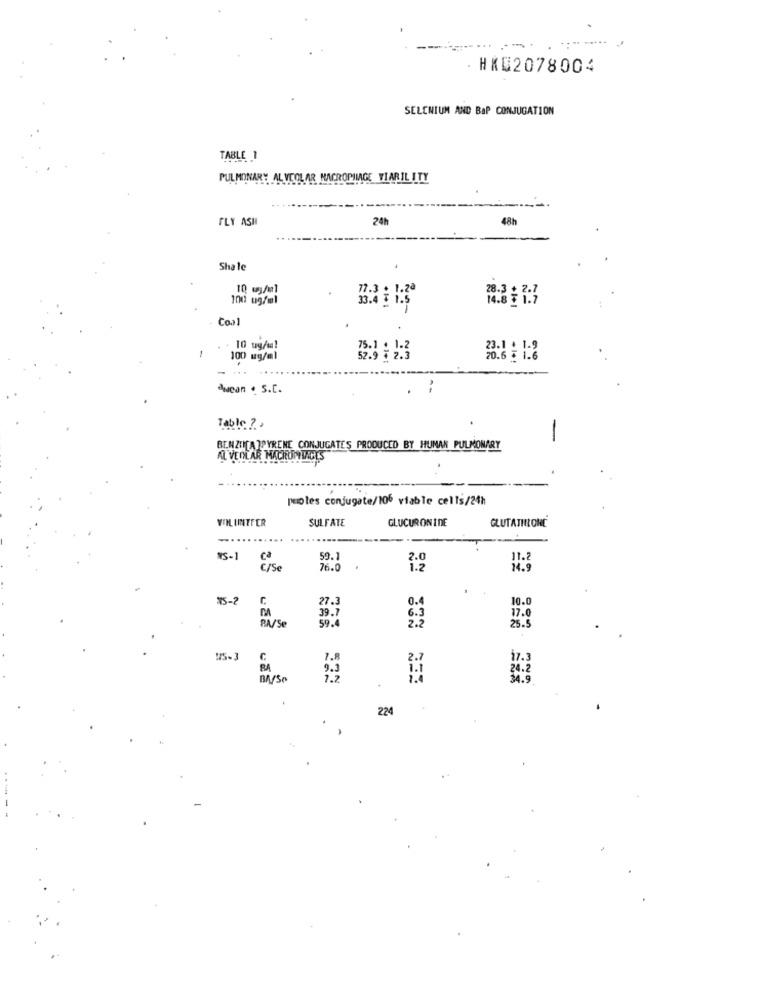
- HX02078004
SELENIUM AND BAP CONJUGATION
TABLE 1
PULMONARY ALVEOLAR MACROPIMAGE VIARIL ITY
FLY ASH
24h
Shale
10 wy/ml
77.3 . 1.2ª
100 ug/ml
33.4 3 1.5
Coal
10 wy/s!
100 mg/ml
52.9 7 2.3
20.6 : 1.6
-
ducan . S.C.
Table ? ,
-
BENZIN[A ]PYRENE CONJUGATES PRODUCED BY HUMAN PULMONARY
AL VEOLAR M
puoles conjugate/106 viable cells/24h
VIH INTFER
SULFATE
GLUCURONINE
GLUTATHRONE
IS-1
ca
59.]
C/Se
76.0
1.2
14.9
25-2
C
27.3
10.0
0.4
RA/Se
39.7
59.
17.0
25.5
i7.
RA
24.2
224